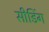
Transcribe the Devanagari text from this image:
सीडिंग